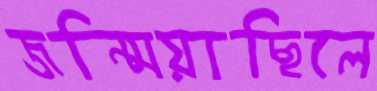
জন্মিয়াছিলে